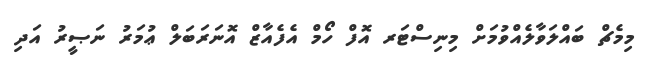
މިމެޗް ބައްލަވާލެއްވުމަށް މިނިސްޓަރ އޮފް ހޯމް އެފެއާޒް އޮނަރަބަލް ޢުމަރު ނަޞީރު އަދި